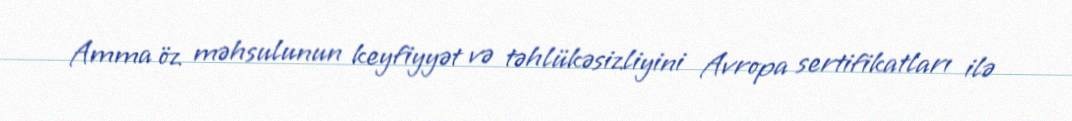
Amma öz məhsulunun keyfiyyət və təhlükəsizliyini Avropa sertifikatları ilə